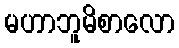
မဟာဘူမိစာလော